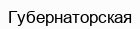
Губернаторская